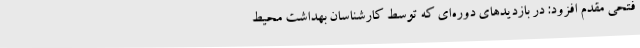
فتحی مقدم افزود: در بازدیدهای دوره‌ای که توسط کارشناسان بهداشت محیط